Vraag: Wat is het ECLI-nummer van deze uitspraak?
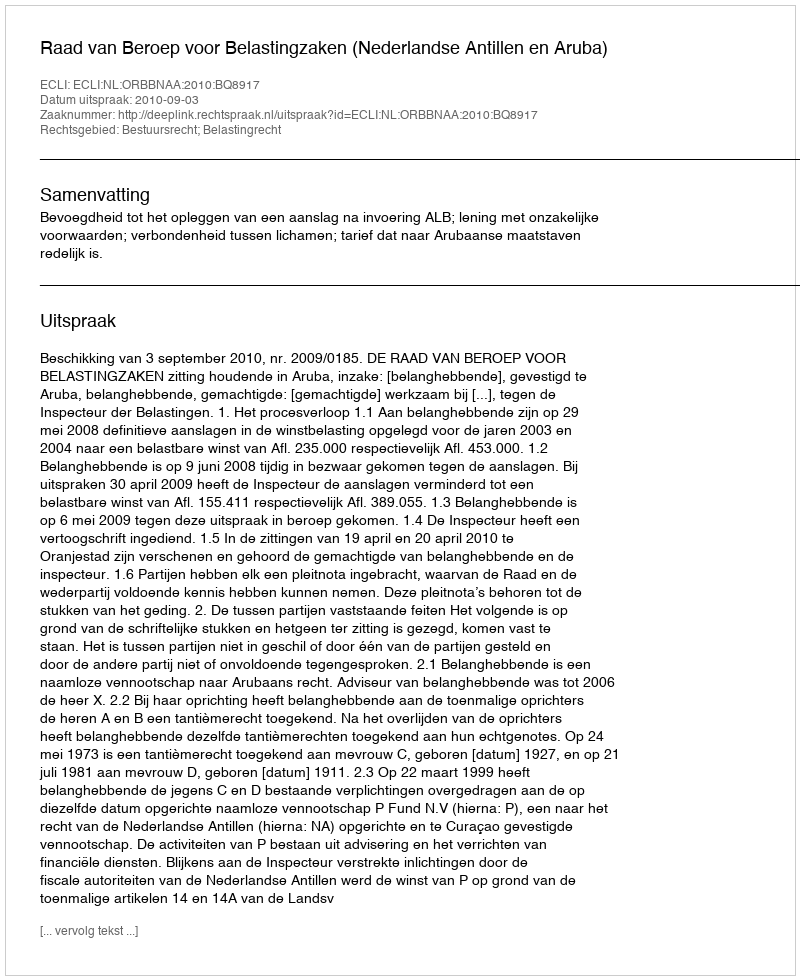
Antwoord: ECLI:NL:ORBBNAA:2010:BQ8917